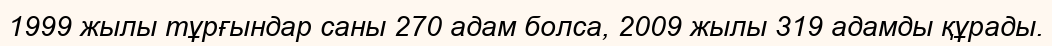
1999 жылы тұрғындар саны 270 адам болса, 2009 жылы 319 адамды құрады.